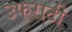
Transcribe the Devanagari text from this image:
उफराटी